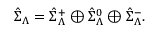
\hat { \Sigma } _ { { \Lambda } } = \hat { \Sigma } _ { { \Lambda } } ^ { + } \oplus \hat { \Sigma } _ { { \Lambda } } ^ { 0 } \oplus \hat { \Sigma } _ { { \Lambda } } ^ { - } .